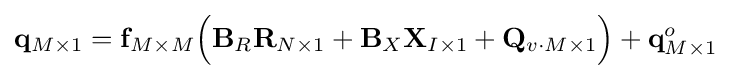
\mathbf {q} _{M\times 1}=\mathbf {f} _{M\times M}{\Big (}\mathbf {B} _{R}\mathbf {R} _{N\times 1}+\mathbf {B} _{X}\mathbf {X} _{I\times 1}+\mathbf {Q} _{v\cdot M\times 1}{\Big )}+\mathbf {q} _{M\times 1}^{o}